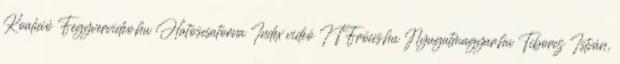
Koalíció Fegyvervideo.hu Hatoscsatorna Index videó ITFröccs.hu Nyugatmagyar.hu Tiborcz István,